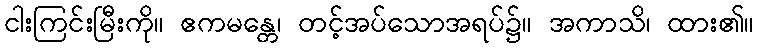
ငါးကြင်းမြီးကို။ ဧကမန္တေ၊ တင့်အပ်သောအရပ်၌။ အကာသိ၊ ထား၏။